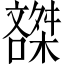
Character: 𰈽